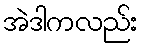
အဲဒါကလည်း